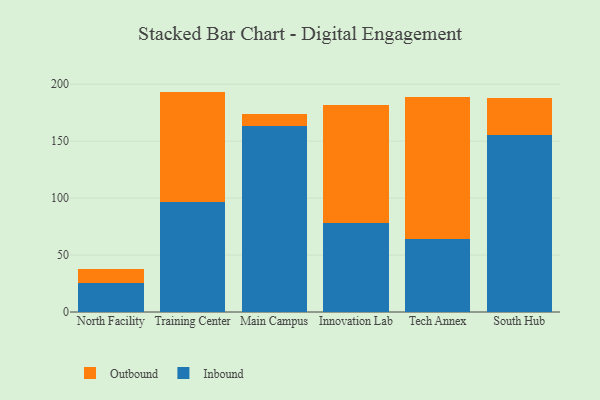
{"axis": {"x": "Campus", "y": "Humidity (%)"}, "legend": ["Inbound", "Outbound"], "data": [{"x": "North Facility", "y": 25.5, "type": "Inbound"}, {"x": "North Facility", "y": 11.9, "type": "Outbound"}, {"x": "Training Center", "y": 96.2, "type": "Inbound"}, {"x": "Training Center", "y": 97.3, "type": "Outbound"}, {"x": "Main Campus", "y": 163.5, "type": "Inbound"}, {"x": "Main Campus", "y": 10.7, "type": "Outbound"}, {"x": "Innovation Lab", "y": 78.3, "type": "Inbound"}, {"x": "Innovation Lab", "y": 103.8, "type": "Outbound"}, {"x": "Tech Annex", "y": 63.9, "type": "Inbound"}, {"x": "Tech Annex", "y": 124.7, "type": "Outbound"}, {"x": "South Hub", "y": 155.4, "type": "Inbound"}, {"x": "South Hub", "y": 32.2, "type": "Outbound"}]}